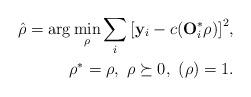
LaTeX: \begin{align*}\hat{\rho} = \arg \min_{\rho} \sum_i{\left[ \mathbf{y}_i - c (\mathbf{O}^*_i \rho)\right]^2 }, \\ \ \ \rho^* = \rho, \ \rho \succeq 0, \ (\rho)=1.\end{align*}